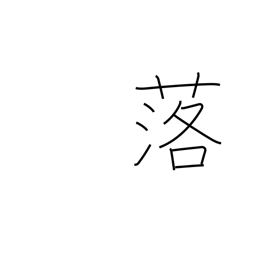
Meaning: come down